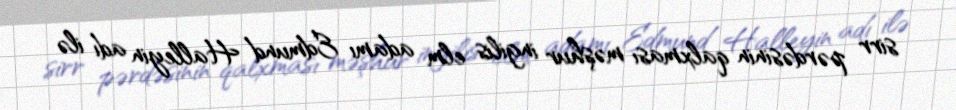
sirr pərdəsinin qalxması məşhur ingilis elm adamı Edmund Halleyin adı ilə